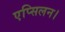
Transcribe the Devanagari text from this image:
एप्सिलन।